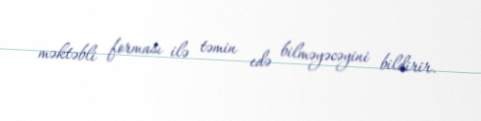
məktəbli forması ilə təmin edə bilməyəcəyini bildirir.